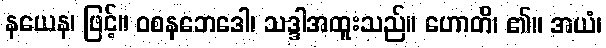
နယေန၊ ဖြင့်။ ဝစနဘေဒေါ၊ သဒ္ဒါအထူးသည်။ ဟောတိ၊ ၏။ အယံ၊